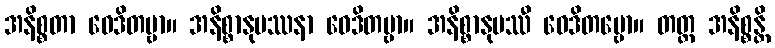
အနိစ္စတာ ဝေဒိတဗ္ဗာ။ အနိစ္စာနုပဿနာ ဝေဒိတဗ္ဗာ။ အနိစ္စာနုပဿီ ဝေဒိတဗ္ဗော။ တတ္ထ အနိစ္စန္တိ